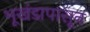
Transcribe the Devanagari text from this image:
भूखंडापासून